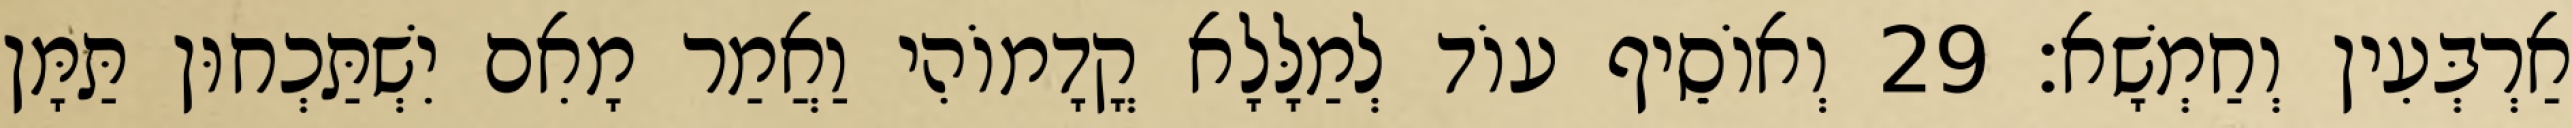
אַרְבְּעִין וְחַמְשָׁא׃ 29 וְאוֹסֵיף עוֹד לְמַלָּלָא קֳדָמוֹהִי וַאֲמַר מָאִם יִשְׁתַּכְחוּן תַּמָּן